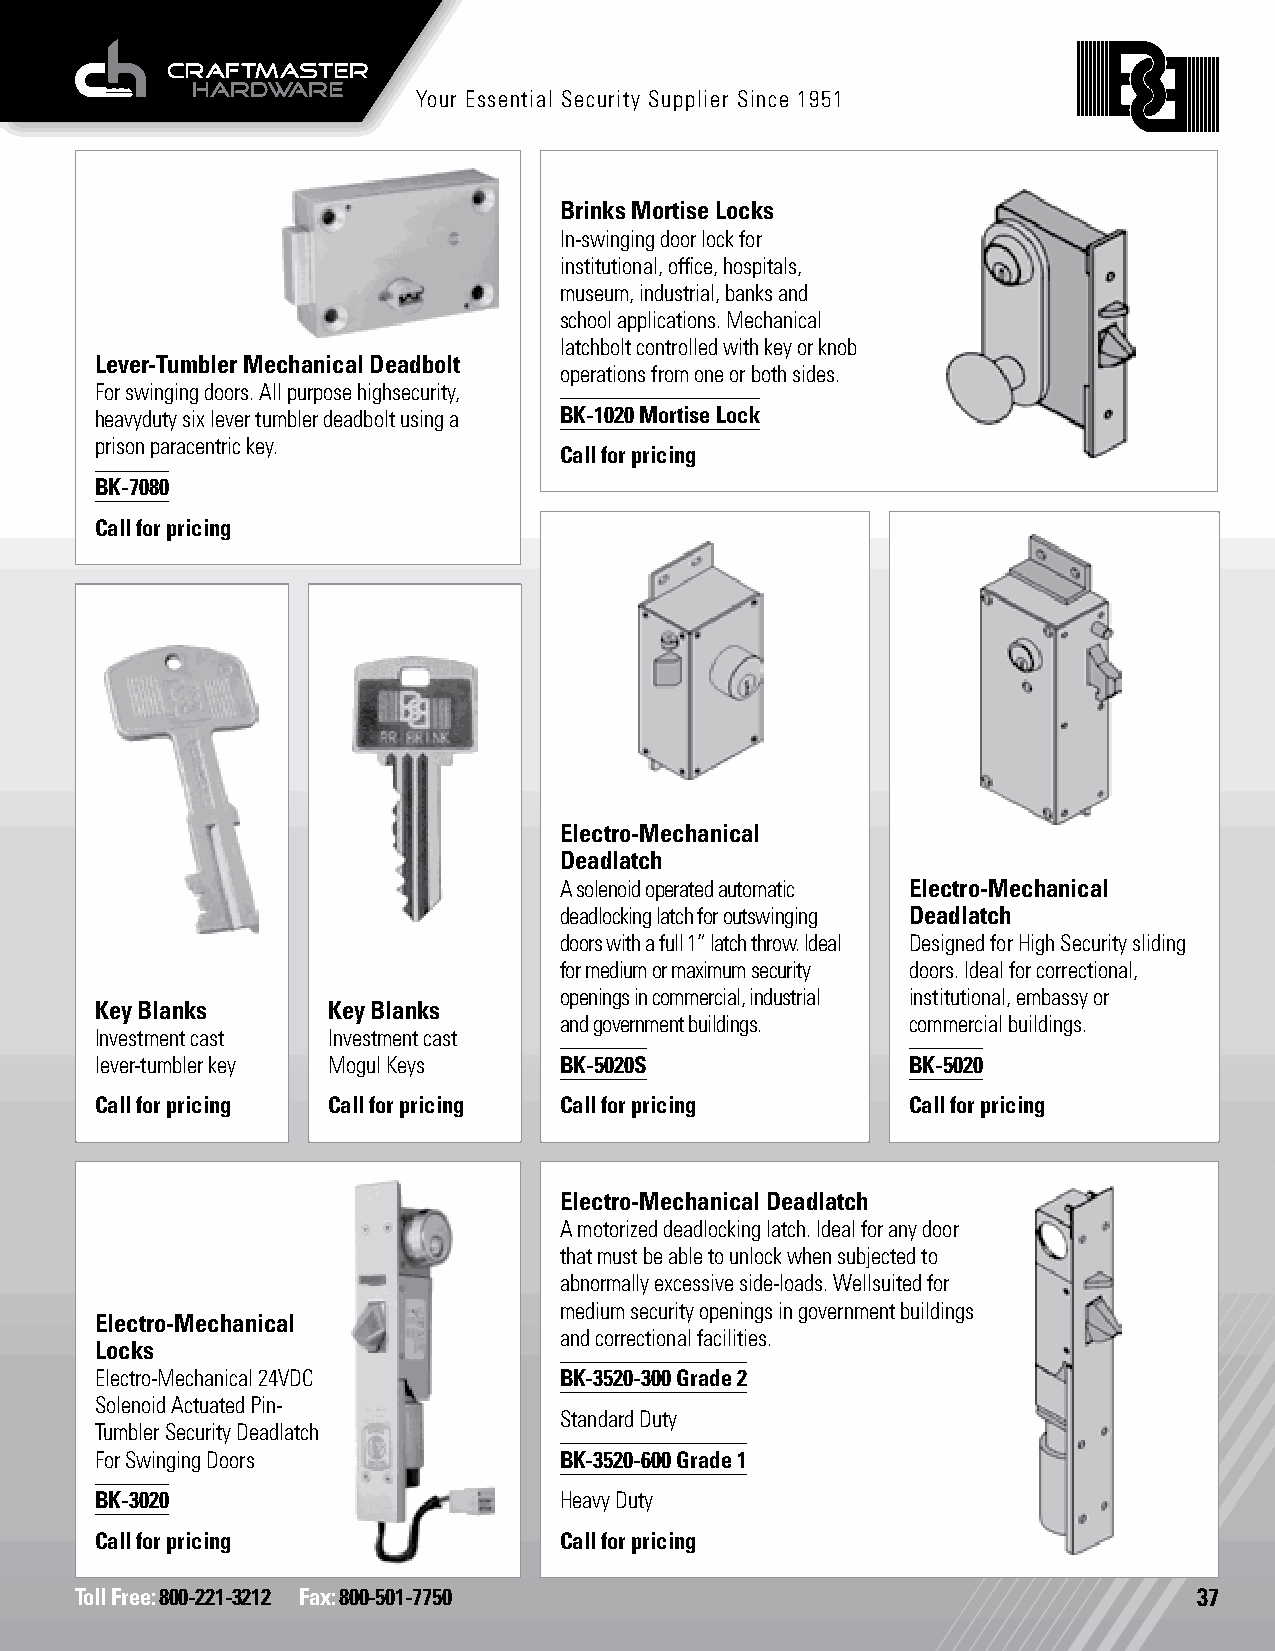
Detention Locks Prison Locks
 Your Essential Security Supplier Since 1951
 Brinks Mortise Locks
 In-swinging door lock for
 institutional, office, hospitals,
 museum, industrial, banks and
 school applications. Mechanical
 latchbolt controlled with key or knob
 Lever-Tumbler Mechanical Deadbolt
 operations from one or both sides.
 For swinging doors. All purpose highsecurity,
 heavyduty six lever tumbler deadbolt using a BK-1020 Mortise Lock
 prison paracentric key.
 Call for pricing
 BK-7080
 Call for pricing
 Electro-Mechanical
 Deadlatch
 A solenoid operated automatic Electro-Mechanical
 deadlocking latch for outswinging Deadlatch
 doors with a full 1” latch throw. Ideal Designed for High Security sliding
 for medium or maximum security doors. Ideal for correctional,
 openings in commercial, industrial institutional, embassy or
 Key Blanks      Key Blanks
 and government buildings. commercial buildings.
 Investment cast Investment cast
 lever-tumbler key Mogul Keys   BK-5020S               BK-5020
 Call for pricing Call for pricing Call for pricing    Call for pricing
 Electro-Mechanical Deadlatch
 A motorized deadlocking latch. Ideal for any door
 that must be able to unlock when subjected to
 abnormally excessive side-loads. Wellsuited for
 medium security openings in government buildings
 Electro-Mechanical
 and correctional facilities.
 Locks
 Electro-Mechanical 24VDC       BK-3520-300 Grade 2
 Solenoid Actuated Pin-
 Standard Duty
 Tumbler Security Deadlatch
 For Swinging Doors             BK-3520-600 Grade 1
 BK-3020                        Heavy Duty
 Call for pricing               Call for pricing
 Toll Free: 800-221-3212 Fax: 800-501-7750                                 37